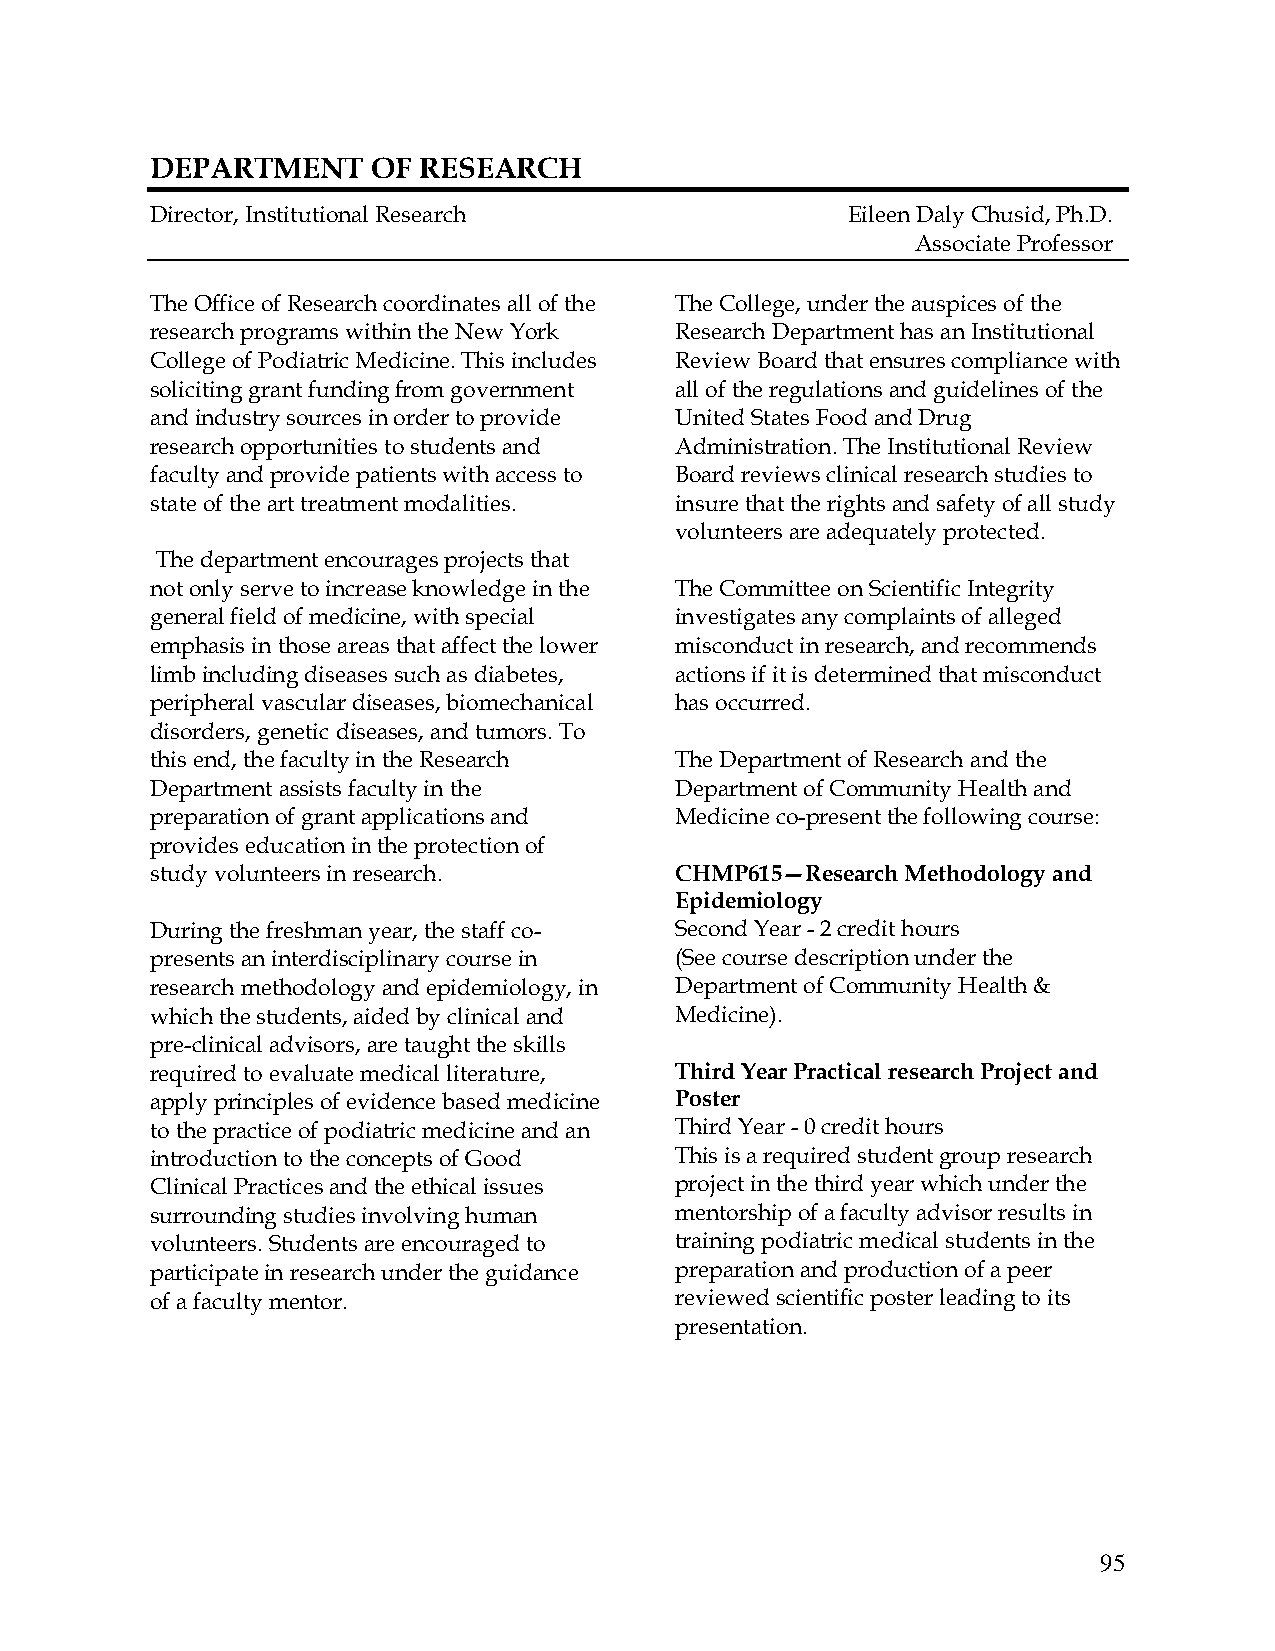
DEPARTMENT     OF RESEARCH
 Director, Institutional Research              Eileen Daly Chusid, Ph.D.
 Associate Professor
 The Office of Research coordinates all of the The College, under the auspices of the
 research programs within the New York Research Department has an Institutional
 College of Podiatric Medicine. This includes Review Board that ensures compliance with
 soliciting grant funding from government all of the regulations and guidelines of the
 and industry sources in order to provide United States Food and Drug
 research opportunities to students and Administration. The Institutional Review
 faculty and provide patients with access to Board reviews clinical research studies to
 state of the art treatment modalities. insure that the rights and safety of all study
 volunteers are adequately protected.
 The department encourages projects that
 not only serve to increase knowledge in the The Committee on Scientific Integrity
 general field of medicine, with special investigates any complaints of alleged
 emphasis in those areas that affect the lower misconduct in research, and recommends
 limb including diseases such as diabetes, actions if it is determined that misconduct
 peripheral vascular diseases, biomechanical has occurred.
 disorders, genetic diseases, and tumors. To
 this end, the faculty in the Research The Department of Research and the
 Department assists faculty in the  Department of Community Health and
 preparation of grant applications and Medicine co-present the following course:
 provides education in the protection of
 study volunteers in research.      CHMP615—Research Methodology and
 Epidemiology
 During the freshman year, the staff co- Second Year - 2 credit hours
 presents an interdisciplinary course in (See course description under the
 research methodology and epidemiology, in Department of Community Health &
 which the students, aided by clinical and Medicine).
 pre-clinical advisors, are taught the skills
 required to evaluate medical literature, Third Year Practical research Project and
 apply principles of evidence based medicine Poster
 to the practice of podiatric medicine and an Third Year - 0 credit hours
 introduction to the concepts of Good This is a required student group research
 Clinical Practices and the ethical issues project in the third year which under the
 surrounding studies involving human mentorship of a faculty advisor results in
 volunteers. Students are encouraged to training podiatric medical students in the
 participate in research under the guidance preparation and production of a peer
 of a faculty mentor.               reviewed scientific poster leading to its
 presentation.
 95